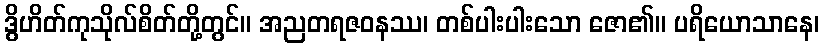
ဒွိဟိတ်ကုသိုလ်စိတ်တို့တွင်။ အညတရဇဝနဿ၊ တစ်ပါးပါးသော ဇော၏။ ပရိယောသာနေ၊